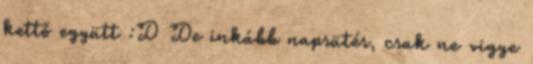
kettő együtt :D De inkább napsütés, csak ne vigye